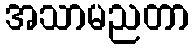
အသာမညတာ